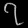
Digit: ၇